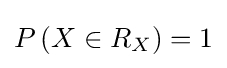
P\left(X\in R_{X}\right)=1